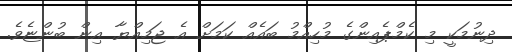
ދިނުމަކީ މި ކެމްޕެއިންގެ މުހިއްމު ބައެއް ކަމަށް އެ ޖަމިއްޔާ އިން ބުންޏެވެ.